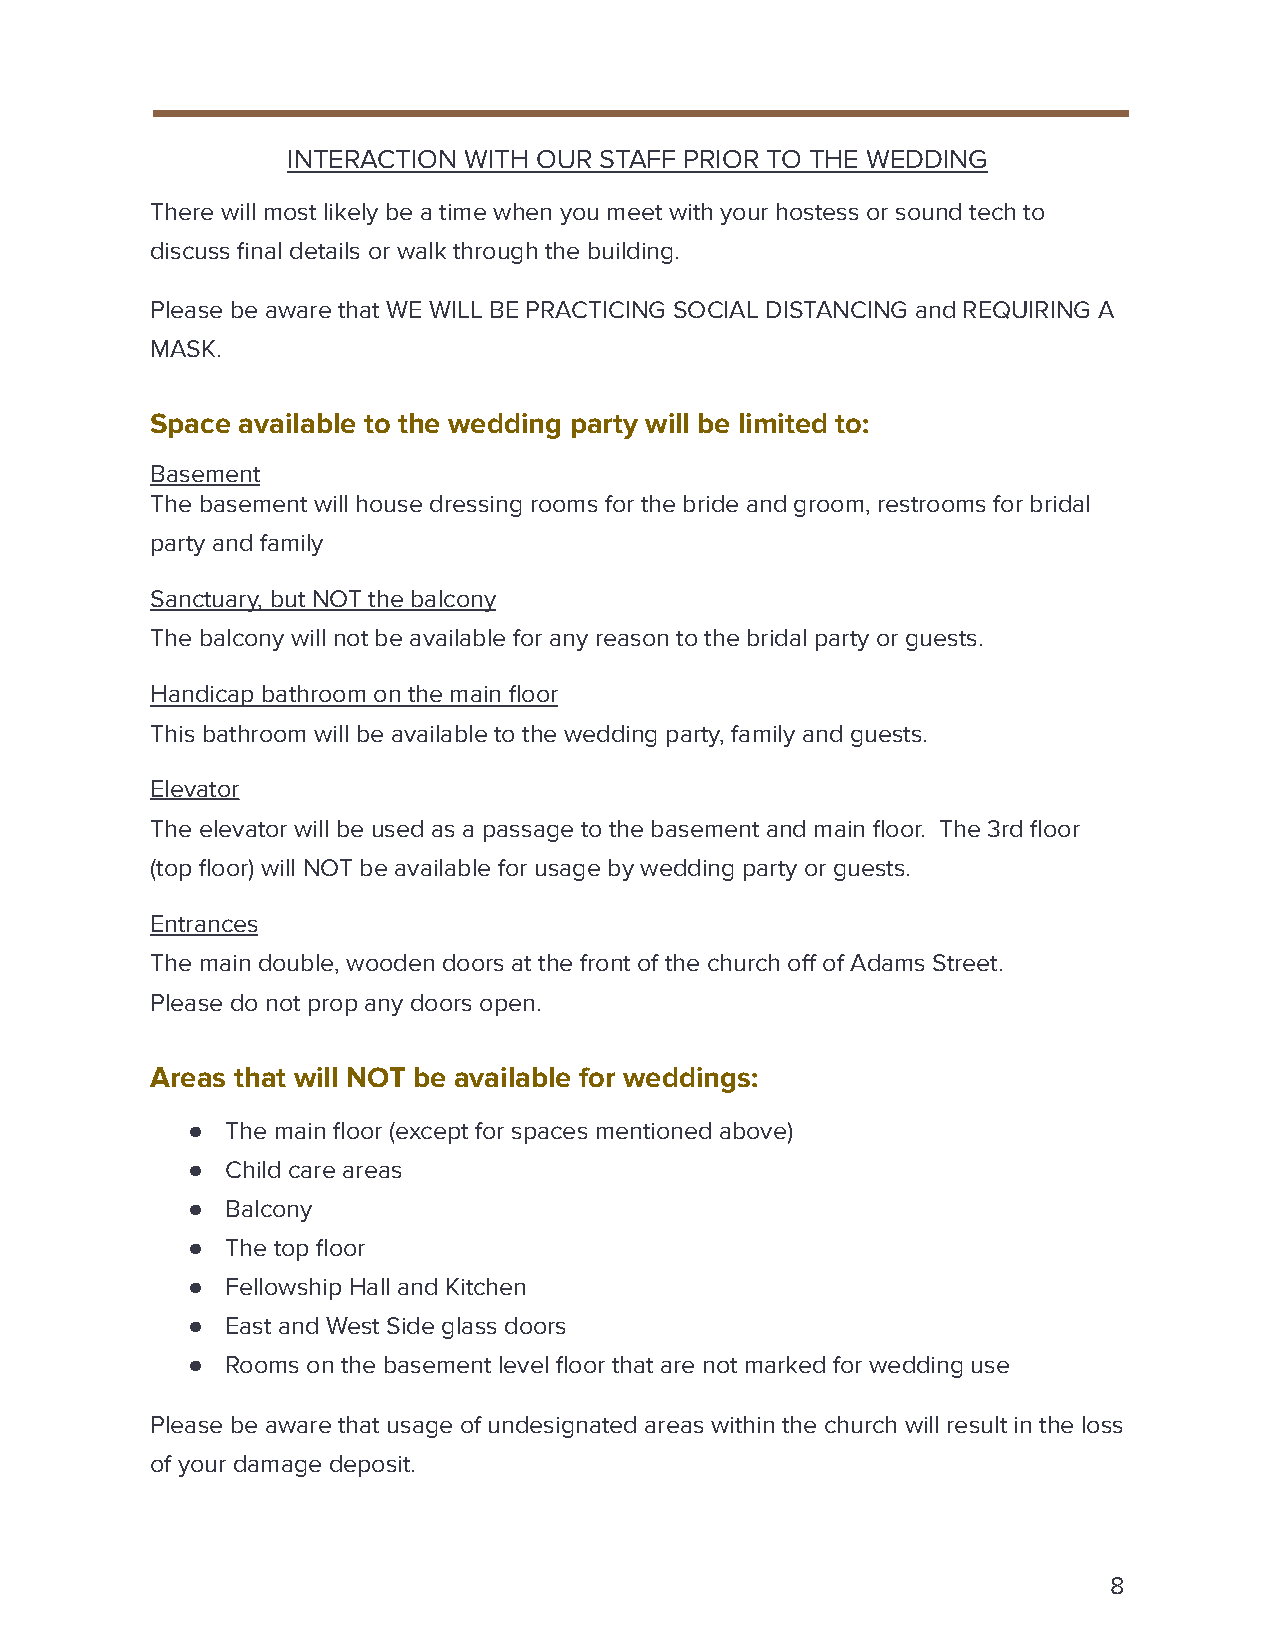
INTERACTION WITH OUR STAFF PRIOR TO THE WEDDING
 There will most likely be a time when you meet with your hostess or sound tech to
 discuss final details or walk through the building.
 Please be aware that WE WILL BE PRACTICING SOCIAL DISTANCING and REQUIRING A
 MASK.
 Space available to the wedding party will be limited to:
 Basement
 The basement will house dressing rooms for the bride and groom, restrooms for bridal
 party and family
 Sanctuary, but NOT the balcony
 The balcony will not be available for any reason to the bridal party or guests.
 Handicap bathroom on the main floor
 This bathroom will be available to the wedding party, family and guests.
 Elevator
 The elevator will be used as a passage to the basement and main floor. The 3rd floor
 (top floor) will NOT be available for usage by wedding party or guests.
 Entrances
 The main double, wooden doors at the front of the church off of Adams Street.
 Please do not prop any doors open.
 Areas that will NOT be available for weddings:
 ●  The main floor (except for spaces mentioned above)
 ●  Child care areas
 ●  Balcony
 ●  The top floor
 ●  Fellowship Hall and Kitchen
 ●  East and West Side glass doors
 ●  Rooms on the basement level floor that are not marked for wedding use
 Please be aware that usage of undesignated areas within the church will result in the loss
 of your damage deposit.
 8